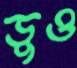
ডুও